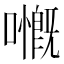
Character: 𡁙